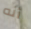
أنه